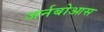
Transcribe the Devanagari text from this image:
जर्नबोआस